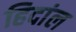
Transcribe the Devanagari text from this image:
हिदांल